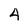
Character: 4